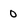
Character: 0